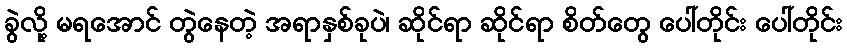
ခွဲလို့ မရအောင် တွဲနေတဲ့ အရာနှစ်ခုပဲ၊ ဆိုင်ရာ ဆိုင်ရာ စိတ်တွေ ပေါ်တိုင်း ပေါ်တိုင်း